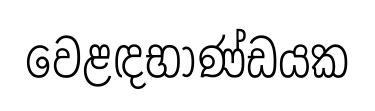
වෙළඳභාණ්ඩයක